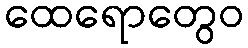
ထေရောတွေဝ